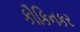
કૌકિનકર